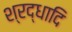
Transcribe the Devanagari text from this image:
श्रद्धादि